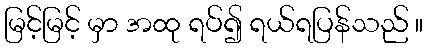
မြင့်မြင့် မှာ အထု ရပ်၍ ရယ်ရပြန်သည် ။